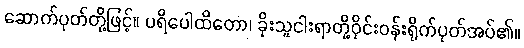
ဆောက်ပုတ်တို့ဖြင့်။ ပရိပေါထိတော၊ ခိုးသူငါးရာတို့ဝိုင်းဝန်းရိုက်ပုတ်အပ်၏။